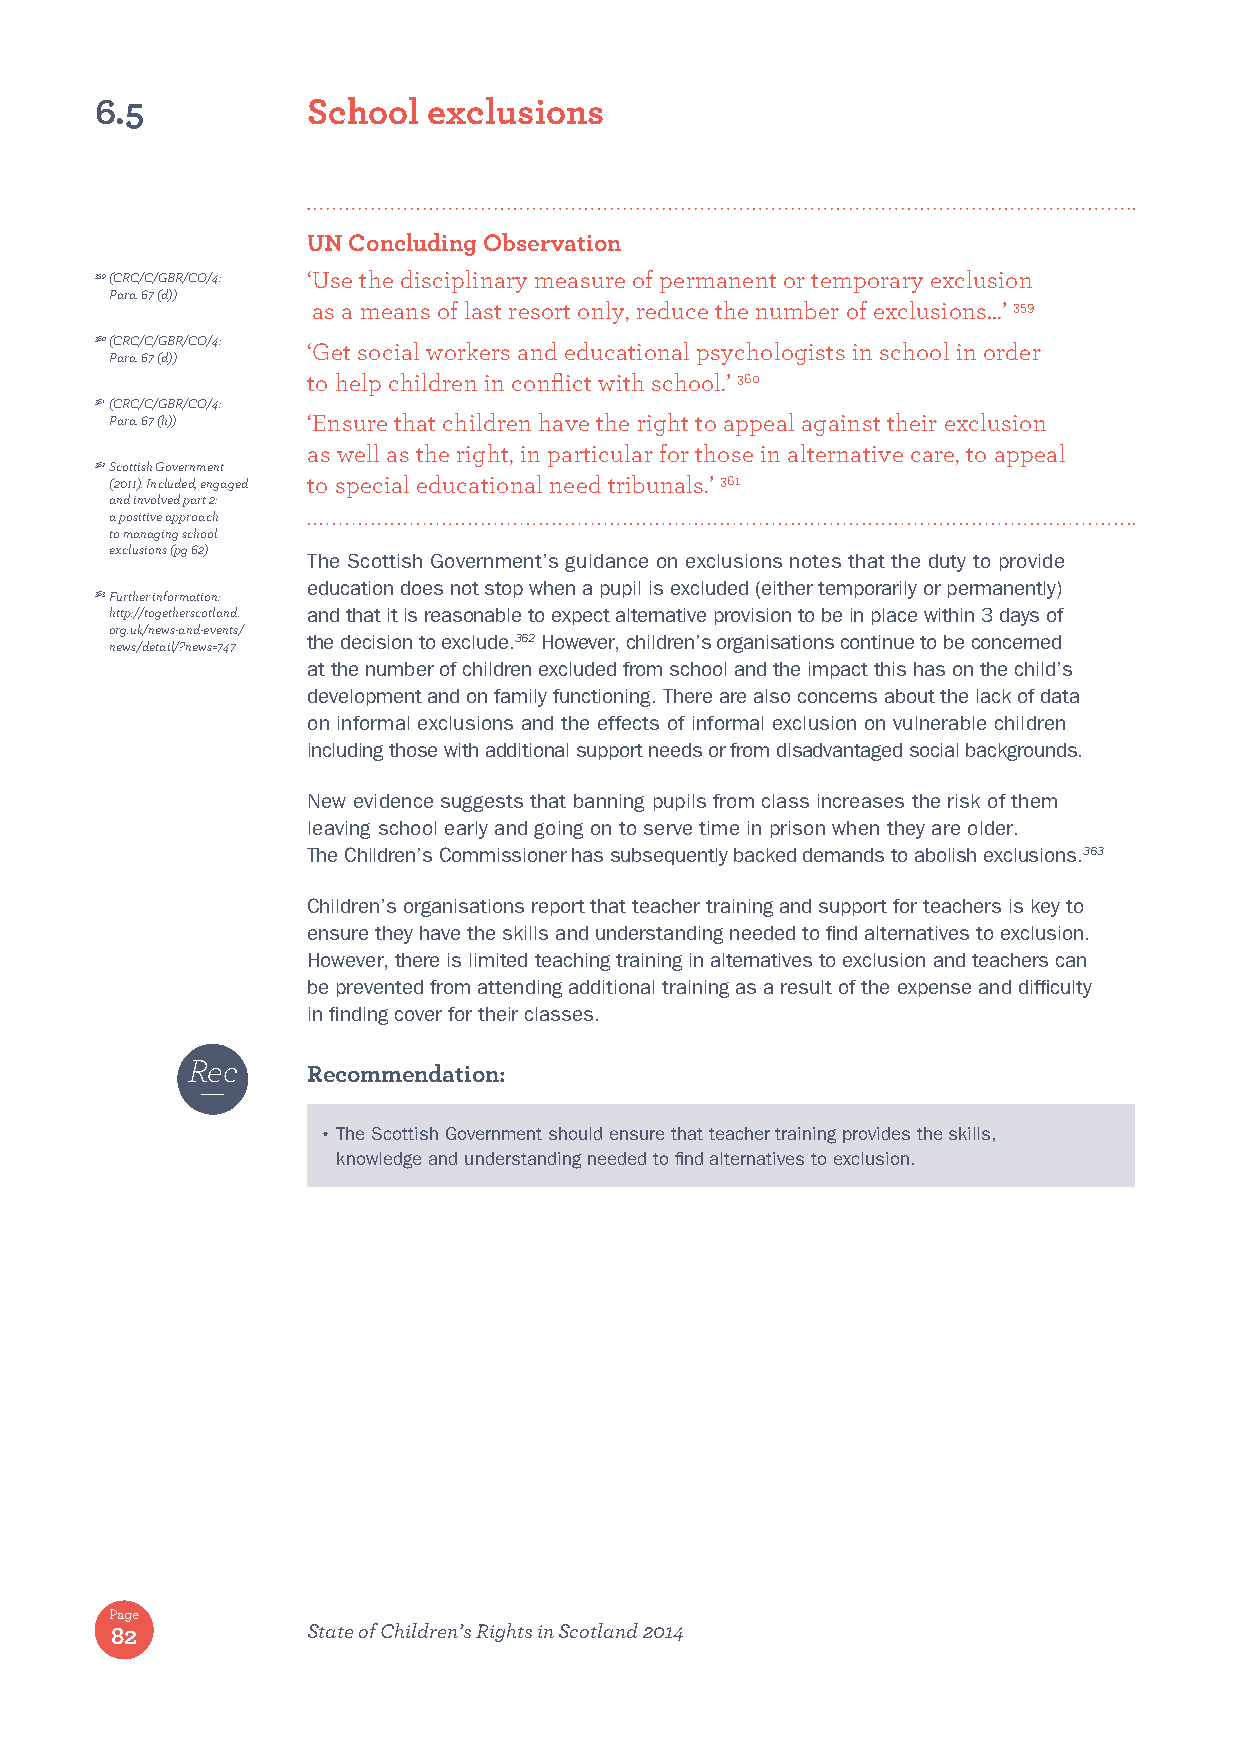
6.5           School  exclusions
 UN Concluding Observation
 359 (CRC/C/GBR/CO/4: ‘ Use the disciplinary measure of permanent or temporary exclusion
 Para. 67 (d))
 as a means of last resort only, reduce the number of exclusions…’ 359
 360 (CRC/C/GBR/CO/4: ‘Get social workers and educational psychologists in school in order
 Para. 67 (d))
 to help children in conflict with school.’ 360
 361 (CRC/C/GBR/CO/4:
 Para. 67 (h)) ‘Ensure that children have the right to appeal against their exclusion
 as well as the right, in particular for those in alternative care, to appeal
 362 Scottish Government
 (2011). Included, engaged to special educational need tribunals.’ 361
 and involved part 2:
 a positive approach
 to managing school
 exclusions (pg 62)
 The Scottish Government’s guidance on exclusions notes that the duty to provide
 education does not stop when a pupil is excluded (either temporarily or permanently)
 363 Further information:
 http://togetherscotland. and that it is reasonable to expect alternative provision to be in place within 3 days of
 org.uk/news-and-events/
 the decision to exclude.362 However, children’s organisations continue to be concerned
 news/detail/?news=747
 at the number of children excluded from school and the impact this has on the child’s
 development and on family functioning. There are also concerns about the lack of data
 on informal exclusions and the effects of informal exclusion on vulnerable children
 including those with additional support needs or from disadvantaged social backgrounds.
 New evidence suggests that banning pupils from class increases the risk of them
 leaving school early and going on to serve time in prison when they are older.
 The Children’s Commissioner has subsequently backed demands to abolish exclusions.363
 Children’s organisations report that teacher training and support for teachers is key to
 ensure they have the skills and understanding needed to find alternatives to exclusion.
 However, there is limited teaching training in alternatives to exclusion and teachers can
 be prevented from attending additional training as a result of the expense and difficulty
 in finding cover for their classes.
 Rec
 Recommendation:
 • The Scottish Government should ensure that teacher training provides the skills,
 knowledge and understanding needed to find alternatives to exclusion.
 Page
 82           State of Children’s Rights in Scotland 2014